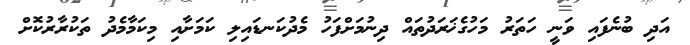
އަދި ބުނެފައި ވަނީ ހަތަރު މަހުގެޚަރަދުތައް ދިނުމަށްފަހު މެދުކަނޑައިލި ކަމަށާއި މިކަމާމެދު ތަކުރާރުކޮށް